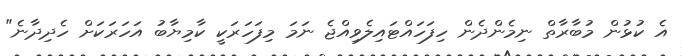
އެ ކުޅުން މުބާރާތް ނިމެންދެން ހިފަހައްޓައިލެވިއްޖެ ނަމަ މިފަހަރަކީ ކާމިޔާބު އަހަރަކަށް ހެދިދާނެ"